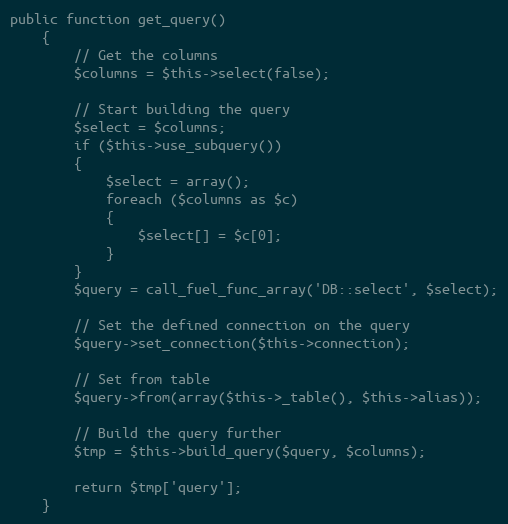
Language: PHP
public function get_query()
	{
		// Get the columns
		$columns = $this->select(false);

		// Start building the query
		$select = $columns;
		if ($this->use_subquery())
		{
			$select = array();
			foreach ($columns as $c)
			{
				$select[] = $c[0];
			}
		}
		$query = call_fuel_func_array('DB::select', $select);

		// Set the defined connection on the query
		$query->set_connection($this->connection);

		// Set from table
		$query->from(array($this->_table(), $this->alias));

		// Build the query further
		$tmp = $this->build_query($query, $columns);

		return $tmp['query'];
	}